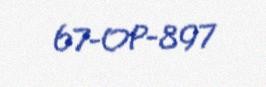
67-OP-897